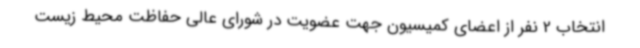
انتخاب 2 نفر از اعضای کمیسیون جهت عضویت در شورای عالی حفاظت محیط زیست